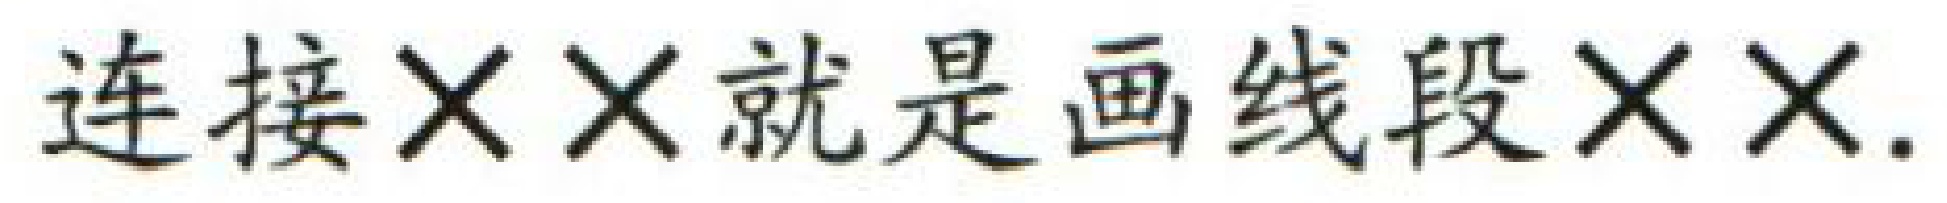
连接\times\times就是画线段\times\times.